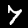
Label: 7